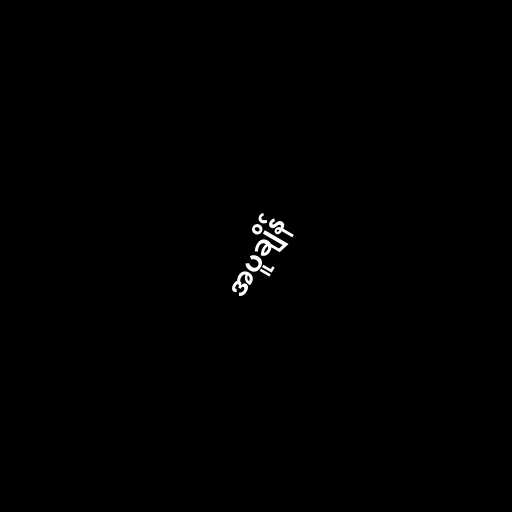
အပူချိန်